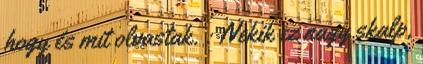
hogy és mit olvastak. : Nekik ez nagy skalp,